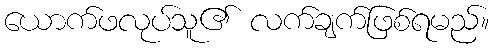
ယောက်ဖလုပ်သူ၏ လက်ချက်ဖြစ်ရမည်။